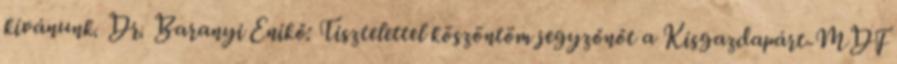
kívánunk. Dr. Baranyi Enikő: Tisztelettel köszöntöm jegyzőnőt a Kisgazdapárt-MDF